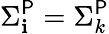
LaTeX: \Sigma_{\mathbf{i}}^{\mathsf{{P}}}=\Sigma_{k}^{\mathsf{{P}}}